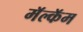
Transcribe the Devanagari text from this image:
मॅल्कॅम